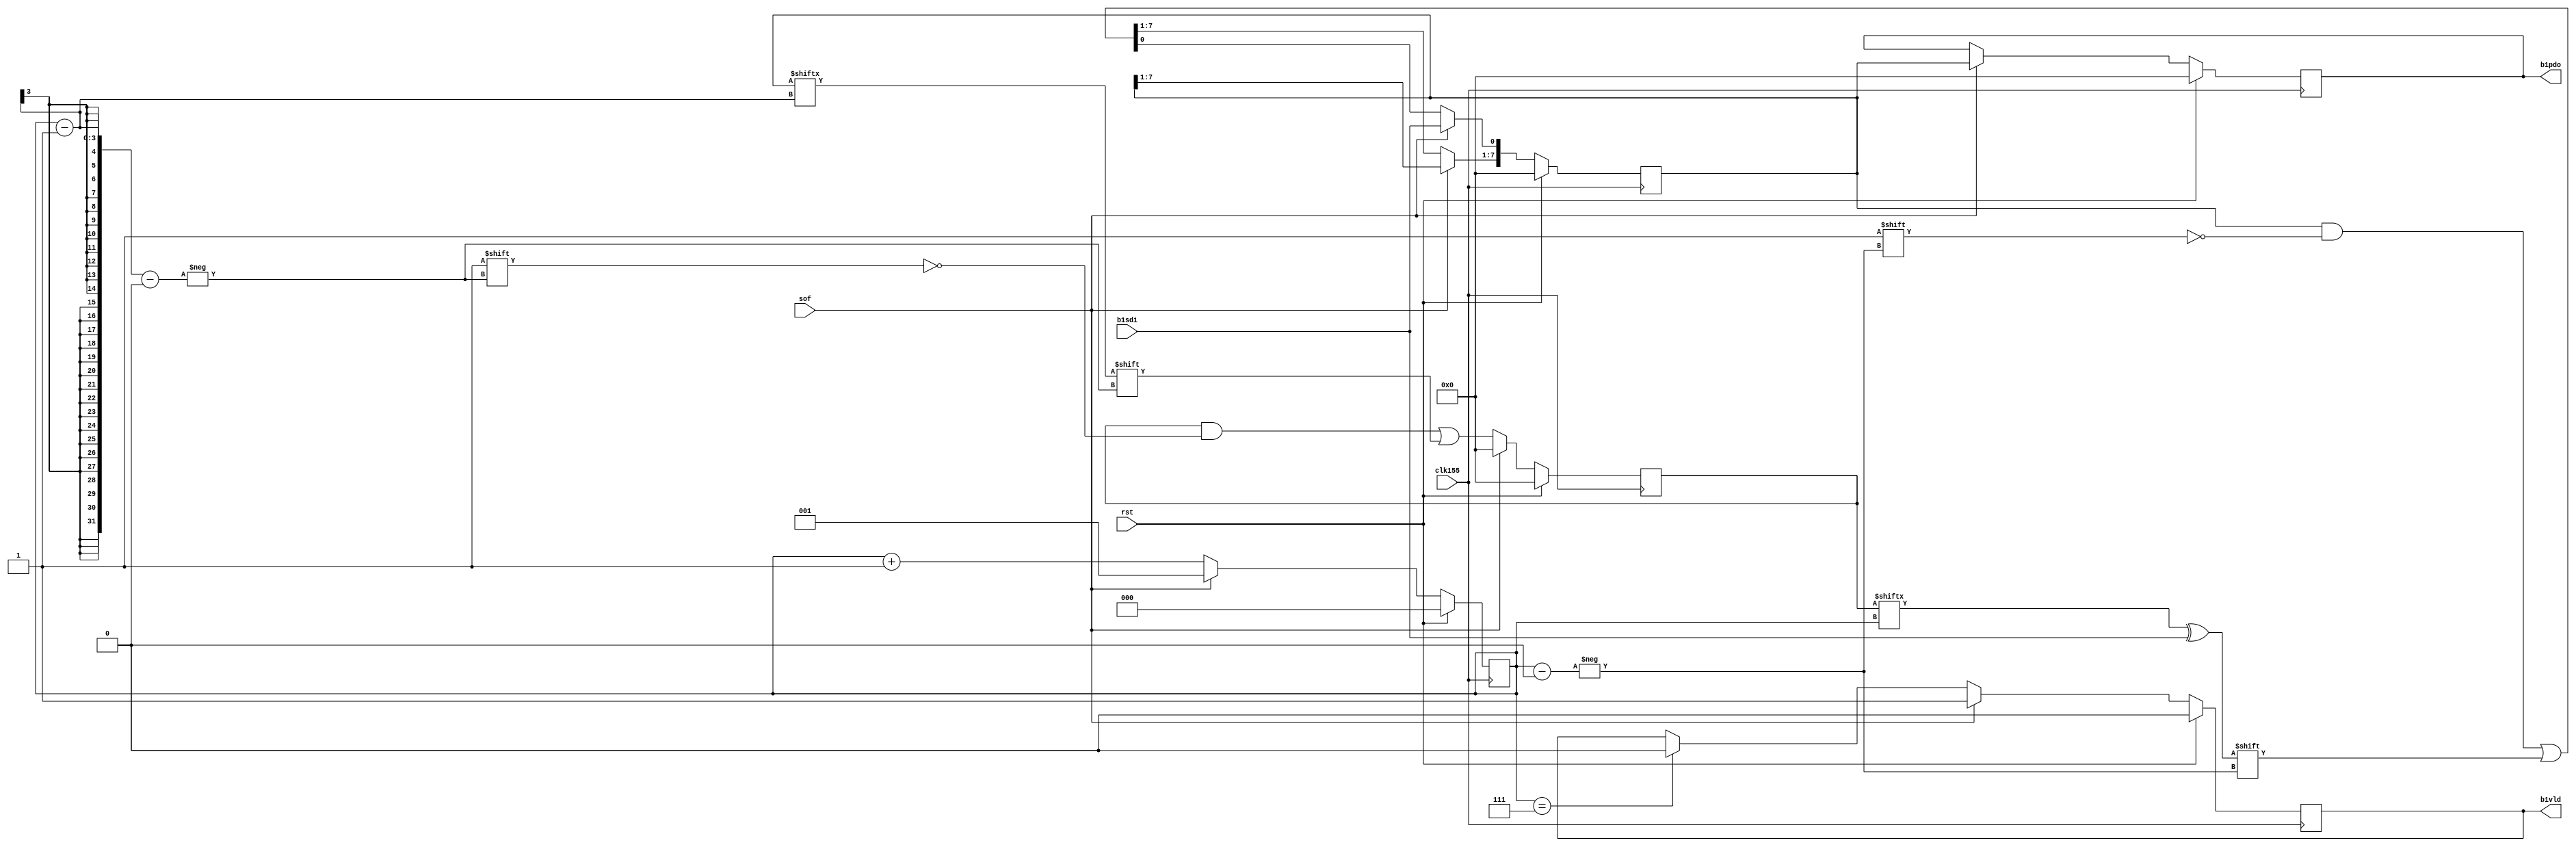
// Description  : calculating byte B1 (BIP-8)
////////////////////////////////////////////////////////////////////////////////

module b1cal
    (
     clk155,
     rst,
     
     sof,  
     b1sdi,
     b1pdo,
     b1vld
     );

////////////////////////////////////////////////////////////////////////////////
// Port declarations

input   clk155;
input   rst;

input   sof;
input   b1sdi;
output  b1vld;
output [7:0] b1pdo;

////////////////////////////////////////////////////////////////////////////////
// Output declarations

reg [2:0] ptr;
reg [7:0] bip8_tmp;
reg [7:0] bip8;

reg [7:0] b1pdo;
reg       b1vld;

////////////////////////////////////////////////////////////////////////////////
// Local logic and instantiation

always @(posedge clk155)
    begin
    if (rst)
        begin
        bip8_tmp    <= 8'h00;
        ptr         <= 3'b000;
        bip8        <= 8'h00; 
        b1pdo       <= 8'h00;
        end
    else if (sof)
        begin
        bip8_tmp    <= 8'h00;
        ptr         <= 3'b001;   // point to next bit8_tmp bit
        bip8[0]     <= b1sdi;    
        b1pdo       <= bip8;    // update new B1 at the start of new frame
        end
    else
        begin
        ptr         <= ptr + 3'b001;
        bip8[ptr]   <= bip8_tmp[ptr] ^ b1sdi;
        bip8_tmp[ptr-1] <= bip8[ptr-1];
        end
    end

///////////////////////////////////////////////////////////////////////////////
// Control valid signal
// Valid signal is high at start of frame and lasts in 8 clocks

always @(posedge clk155)
    begin
    if (rst)
        begin
        b1vld   <= 1'b0;
        end
    else if (sof)
        begin
        b1vld   <= 1'b1;
        end
    else if (ptr == 3'b111)
        begin
        b1vld   <= 1'b0;
        end
    else
        begin
        b1vld   <= b1vld;
        end
    end

endmodule